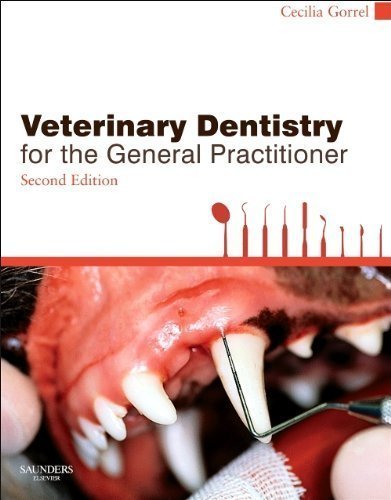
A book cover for Veterinary Dentistry for the General Practitioner, 2e 2nd (second) Edition by Gorrel BSc MA VetMB DDS MRCVS HonFAVD DEVDC, Cecilia published by Saunders Ltd. (2013); Medical Books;